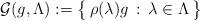
LaTeX: \begin{align*}\mathcal{G}(g, \Lambda) := \big\{ \, \rho(\lambda)g \, : \, \lambda \in\Lambda \, \big\}\end{align*}